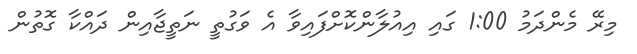
މިރޭ މެންދަމު 1:00 ގައި އިއުލާންކޮށްފައިވާ އެ ވަގުތީ ނަތީޖާއިން ދައްކާ ގޮތުން